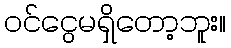
ဝင်ငွေမရှိတော့ဘူး။